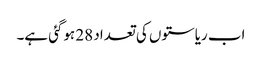
اب ریاستوں کی تعداد 28 ہوگئی ہے۔